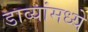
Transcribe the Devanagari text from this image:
डाव्यांमध्ये